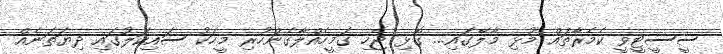
ސީސީޓީވީ ކެމެރާތައް މުޅި މާލޭގައި... ގޮޅި ޖެހި ގަމީހެއްލާގެންހުރި މީހަކު ސައިކަލުގައި ދިޔަތަނެއް